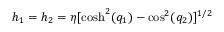
h _ { 1 } = h _ { 2 } = \eta [ \cosh ^ { 2 } ( q _ { 1 } ) - \cos ^ { 2 } ( q _ { 2 } ) ] ^ { 1 / 2 }